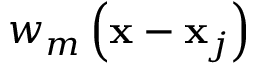
w _ { m } \left( \mathbf { x } - \mathbf { x } _ { j } \right)